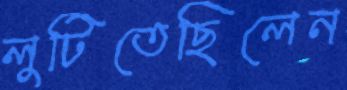
লুটিতেছিলেন